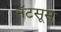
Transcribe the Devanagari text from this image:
नॅटसूस